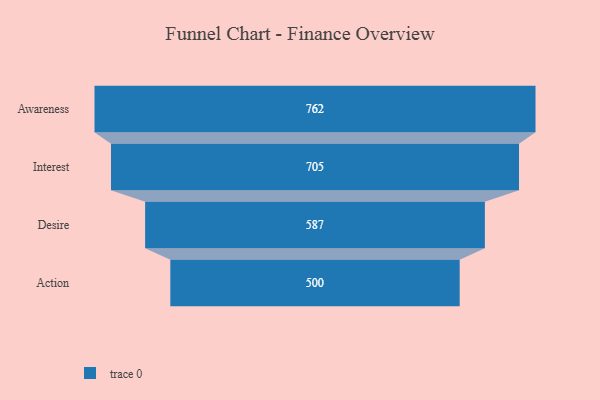
{"axis": {"x": "Stage", "y": "Value"}, "legend": [""], "data": [{"x": "Awareness", "y": 762.0, "type": ""}, {"x": "Interest", "y": 705.0, "type": ""}, {"x": "Desire", "y": 587.0, "type": ""}, {"x": "Action", "y": 500, "type": ""}]}